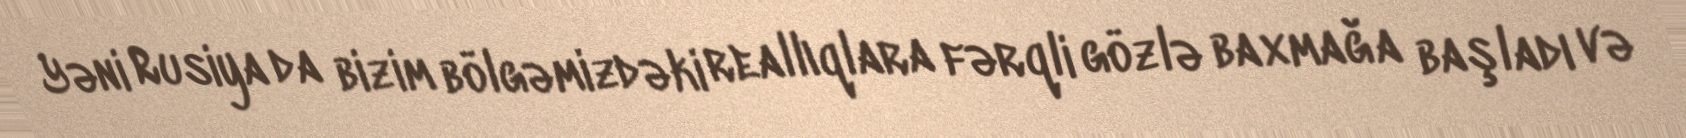
Yəni Rusiya da bizim bölgəmizdəki reallıqlara fərqli gözlə baxmağa başladı və